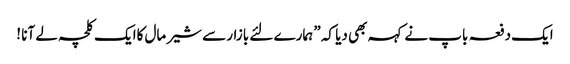
ایک دفعہ باپ نے کہہ بھی دیا کہ ” ہمارے لئے بازار سے شیر مال کاایک کلچہ لے آنا !